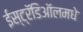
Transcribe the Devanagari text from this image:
ईस्ट्रॅडिऑलमधे